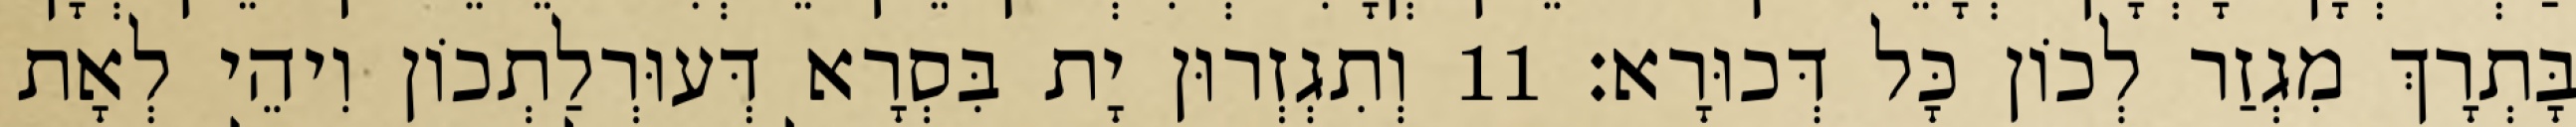
בָּתְרָךְ מִגְזַר לְכוֹן כָּל דְּכוּרָא׃ 11 וְתִגְזְרוּן יָת בִּסְרָא דְּעוּרְלַתְכוֹן וִיהֵי לְאָת